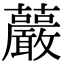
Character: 䕾